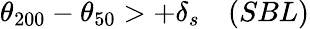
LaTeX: \theta_{200}-\theta_{50}>+\delta_{s}\quad(SBL)